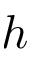
h